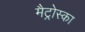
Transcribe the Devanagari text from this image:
मैट्रोस्का